Annual report of the Punjab Veterinary College and of the Civil Veterinary Department, Punjab - 1894-1908
Year: 1894
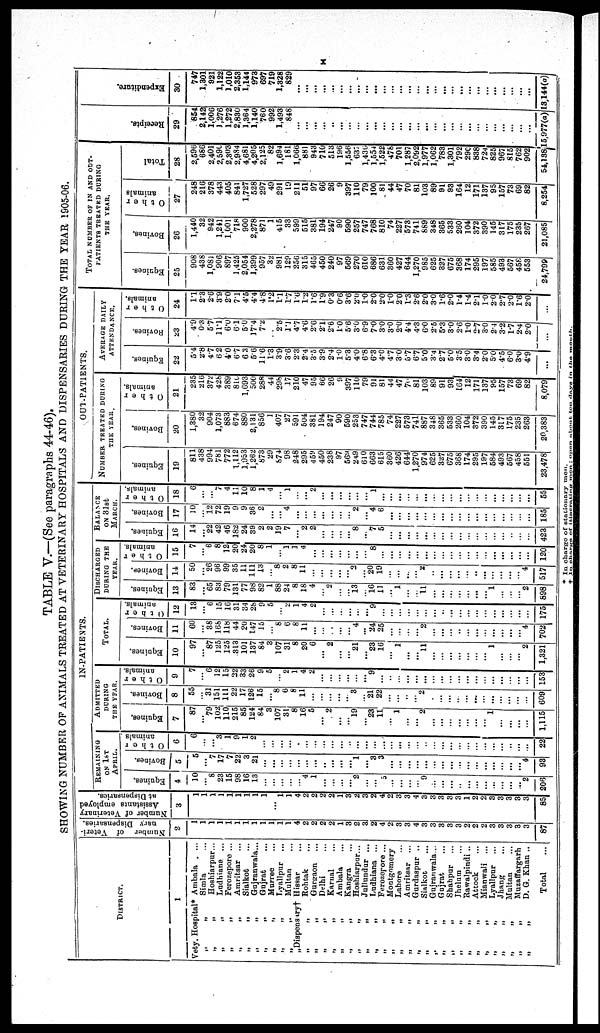
x
TABLE V.—(See paragraphs 44-46).
SHOWING NUMBER OF ANIMALS TREATED AT VETERINARY HOSPITALS AND DISPENSARIES DURING THE YEAR 1905-06.
DISTRICT
1
Vety. Hospital* Ambala . ...
„ „
Simla ...
„
„
Hoshiarpur...
„
„
Ludhiana ...
„
„
Ferozepore ...
„
„
Amritsar ...
„
„
Sialkot ...
„
„
Gujranwala...
„
„
Gujrat ...
„
„
Murree ...
„ „ Lyallpur
...
„
„
Multan ...
„Dispensary† Hissar ...
„
„
Rohtak ...
„
„
Gurgaon ...
„ „ Delhi ...
„
„
Karnal ...
„
„
Ambala ...
„
„
Kangra ...
„
„
Hoshiarpur...
„
„
Jullundur ...
„
„
Ludhiana ...
„
„
Ferozepore ...
„
„
Montgomery
„
„
Lahore ...
„
„
Amritsar ...
„
„
Gurdaspur ..
„
„
Sialkot ...
„
„
Gujranwala...
„ „ Gujrat ...
„
„
Shahpur ...
„
„
Jhelum ...
„
„
Rawalpindi ..
„
„
Attock ...
„
„
Mianwali ...
„
„
Lyallpur
...
„
„
Jhang ...
„
„
Multan ...
„
„
Muzaffargarh
„
„
D. G. Khan ..
Total ...
Number
of Veteri-
nary Dispensaries.
2
1
1
1
1
1
1
1
1
1
1
1
1
4
2
2
2
2
1
3
2
3
2
4
2
3
3
4
3
3
3
3
3
2
2
2
3
3
3
3
3
87
Number of Veterinary
Assistants employed
at Dispensaries.
3
1
1
1
1
1
1
1
1
1
...
1
1
4
2
2
2
2
1
3
2
3
2
4
2
3
3
4
3
3
3
3
3
1
2
2
3
3
3
3
3
85
IN-PATIENTS.
REMAINING
ON 1ST
APRIL.
Equines.
4
10
...
8
23
15
98
16
13
...
...
...
...
...
4
1
...
...
...
...
2
...
...
...
...
...
...
...
9
...
...
...
...
...
...
...
...
...
...
...
2
208
Bovines.
5
5
...
7
17
7
22
3
21
...
...
...
...
...
...
...
...
...
...
1
...
3
3
...
...
...
...
...
...
...
...
...
...
...
...
...
...
...
...
4
93
O t h e r
animals
6
6
...
...
3
1
9
1
2
...
...
...
...
...
...
...
...
...
...
...
...
...
...
...
...
...
...
...
...
...
...
...
...
...
...
...
...
...
...
...
...
22
ADMITTED
DURING
THE YEAR.
Equines.
7
87
...
79
102
110
215
85
124
84
3
107
31
8
16
5
...
2
...
...
19
...
23
11
...
1
...
...
2
...
...
...
...
...
...
...
1
...
...
...
...
1,115
Bovines.
8
55
...
31
151
111
22
17
126
15
...
8
6
8
11
...
...
...
...
...
3
...
21
22
...
...
...
...
2
...
...
...
...
...
...
...
...
...
...
...
...
609
O t h e r
animals.
9
7
...
6
12
15
22
33
26
9
5
2
1
4
2
...
...
...
...
...
9
...
...
...
...
...
...
...
...
...
...
...
...
...
...
...
...
...
...
153
TOTAL.
Equines.
10
97
...
87
125
125
313
101
137
84
3
107
31
8
20
6
...
2
...
...
21
...
23
16
...
1
...
...
11
......
...
...
...
...
...
...
1
...
...
...
2
1,321
Bovines.
11
60
...
38
168
118
44
20
147
15
8
6
8
11
...
...
...
...
4
...
24
25
...
...
...
...
2
...
...
...
..
...
...
...
...
...
...
4
702
O t h e r
animals.
12
13
...
6
15
16
31
34
28
9
5
...
2
1
4
2
...
...
...
...
...
...
9
...
...
...
...
...
...
...
..
...
...
...
...
...
...
...
...
...
...
175
DISCHARGED
DUERING THE
YEAR.
Equines.
13
83
...
65
83
79
131
77
98
82
1
88
24
8
18
4
...
2
...
...
13
...
16
11
...
1
...
...
11
...
...
...
...
...
...
...
1
...
...
...
2
898
Bovines.
14
50
...
26
96
99
35
11
111
13
...
8
2
8
11
...
...
...
...
...
2
...
20
19
...
...
...
...
2
...
...
...
...
...
...
...
...
...
...
...
4
517
O t h e r
animals.
15
7
...
6
8
12
20
24
20
8
1
...
1
1
4
...
...
...
...
...
...
...
8
...
...
...
...
...
...
...
...
...
...
...
...
...
...
...
...
...
...
120
BALANCE
ON 31st
MARCH.
Equities.
16
14
...
22
42
46
182
24
39
2
2
19
7
...
2
2
...
...
...
...
8
...
7
5
...
...
...
...
...
...
...
...
...
...
...
...
...
...
...
...
...
423
Bovines.
17
10
...
12
72
19
9
9
36
2
...
...
4
...
...
...
...
...
...
...
2
...
4
6
...
...
...
...
...
...
...
...
...
...
...
...
...
...
...
...
...
185
O t h e r
animals.
18
6
...
...
7
4
11
10
8
1
4
...
1
...
...
2
...
...
...
...
...
...
1
...
...
...
...
...
...
...
...
...
...
...
...
...
...
...
...
...
...
55
OUT-PATIENTS.
NUMBER TREATED DURING
THE YEAR.
Equines.
19
811
438
994
781
772
1,112
1,953
1,262
873
29
874
98
248
295
459
450
238
97
569
249
610
663
615
360
426
644
1,270
974
625
327
675
368
174
295
197
584
493
567
458
551
23,478
Bovines.
20
1,380
32
904
1,073
883
674
880
2,131
856
1
407
27
591
504
381
194
247
90
590
253
747
744
785
74
227
573
741
887
348
365
533
260
104
372
390
145
317
175
235
263
20,383
O t h e r
animals.
21
235
216
372
428
389
810
1,693
500
288
44
298
17
210
47
95
66
26
9
397
110
79
91
81
44
47
70
81
103
89
91
93
164
12
171
137
95
157
73
69
82
8,079
AVERAGE DAILY
ATTENDANCE.
Equines.
22
5.4
2.8
4.7
6.2
4.0
6.7
6.3
5.6
11.6
1.3
3.9
3.6
2.3
2.4
3.5
3.9
2.4
1.0
5.3
4.0
6.8
6.3
4.0
4.7
3.0
5.7
6.7
5.0
3.4
2.7
5.0
3.5
3.0
3.4
2.0
5.0
4.5
6.0
3.0
4.9
...
Rovines.
23
4.9
0.3
5.7
11.1
6.0
6.1
5.0
l7.4
7.2
2.5
1.1
4.7
4.6
2.6
2.1
2.6
1.0
5.6
3.0
6.9
7.0
3.0
3.0
2.0
4.4
4.3
6.0
2.5
5.3
3.0
2.6
1.0
2.7
3.0
2.4
3.2
1.7
2.4
2.0
...
O t h e r
animals.
24
1.1
2.3
2.6
3.9
2.0
7.1
4.5
4.4
4.8
1.2
1.1
1.7
1.6
1.2
1.6
1.9
0.3
0.6
3.6
2.0
1.0
2.0
2.0
1.0
2.0
1.3
2.6
2.0
3.0
T6
2.0
1.4
1.4
2.1
1.0
2.0
2.7
2.0
1.6
2.0
...
TOTAL NUMBER OF IN AND OUT-
PATIENTS TREATED DURING
THE YEAR.
Equines.
25
908
438
1,081
906
897
1,425
2,054
1,399
957
32
981
129
256
315
465
450
240
97
569
270
610
686
631
360
427
644
1,270
985
625
327
675
368
174
295
197
585
493
567
458
553
24,799
Bovines.
26
1,440
32
942
1,241
1,001
718
900
2,278
871
1
415
33
599
515
381
194
247
90
590
257
747
768
810
74
227
573
741
889
348
365
533
260
104
372
390
145
317
175
235
267
21,085
O t h e r
animals
27
248
216
378
443
405
841
1,727
528
297
49
291
19
211
51
97
66
26
9
397
110
79
100
81
44
47
70
81
103
89
91
93
164
12
171
137
95
157
73
69
82
8,254
Total
28
2,596
686
2,401
2,590
2,303
2,984
4,681
4,205
2,125
82
1,694
181
1,066
881
943
710
513
196
1,556
637
1,436
1,554
1,522
478
701
1,287
2,092
1,977
1,062
783
1,301
792
290
838
724
825
967
815
762
902
54,138
Recei pt s.
29
854
2,142
1,006
1,276
1,272
2,830
1,364
1,140
760
992
1,493
848
...
...
...
...
..
...
...
...
...
...
...
...
...
...
...
...
...
...
...
...
...
...
...
...
...
...
...
...
15,977(a)
Expendi t
ur e
30
747
1,301
921
1,122
1,010
2,353
1,144
973
697
719
1,328
829
...
...
...
...
...
...
...
...
...
...
...
...
...
...
...
...
...
...
...
...
...
...
...
...
...
...
...
...
13,144(a)
*
In
charge
of
stationary
men